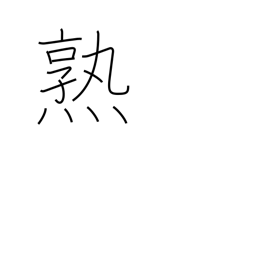
Meaning: acquire skill